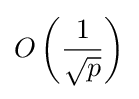
O\left({\frac {1}{\sqrt {p}}}\right)